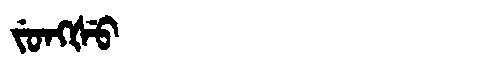
Manchu: ᠵᡠᠩᡧᡠ
Romanization: JUNGŠU